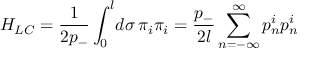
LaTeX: H _ { L C } = \frac { 1 } { 2 p _ { - } } \int _ { 0 } ^ { l } \! d \sigma \, \pi _ { i } \pi _ { i } = \frac { p _ { - } } { 2 l } \sum _ { n = - \infty } ^ { \infty } p _ { n } ^ { i } p _ { n } ^ { i }